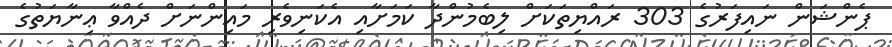
ޕެންޝަން ނައިފަރުގެ 303 ރައްޔިތަކަށް ލިބެމުންދާ ކަމަށާއި އެކަނިވެރި މައިންނަށް ދެއްވާ ޢިނާޔަތުގެ